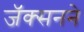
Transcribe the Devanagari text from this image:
जॅक्सनने